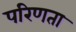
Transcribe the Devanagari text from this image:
परिणता